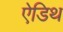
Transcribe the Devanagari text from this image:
ऐडिथ